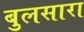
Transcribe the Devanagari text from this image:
बुलसारा